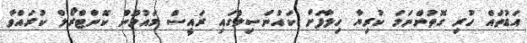
އަޑުތައް ހުރި ގޮތުންނަމަ ކުރިޔާ ހިލާފަށް ކައުންސިލްގައި ރައީސް މައުމޫން ކޮންޓްރޯލް ކުރައްވާ